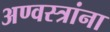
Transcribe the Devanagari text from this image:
अण्वस्त्रांना